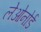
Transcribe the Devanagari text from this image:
लेओनोर्ड